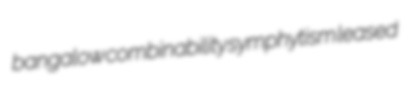
bangalow combinability symphytism leased